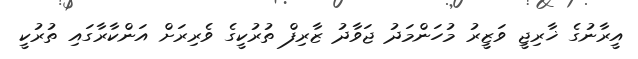
އީރާނުގެ ޚާރިޖީ ވަޒީރު މުހަންމަދު ޖަވާދު ޒާރިފް ތުރުކީގެ ވެރިރަށް އަންކާރާގައި ތުރުކީ